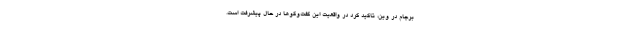
برجام در وین، تاکید کرد در واقعیت این گفت‌وگوها در حال پیشرفت است.